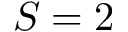
S = 2